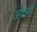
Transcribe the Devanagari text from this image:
अफेनी